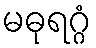
မဓုရဂ္ဂံ